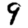
Digit: 9